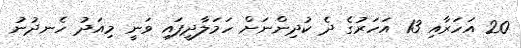
20 އަހަރާއި 13 އަހަރުގެ ދެ ކުދިންނަށް ހަމަލާދީފައި ވަނީ މިއަދު ހެނދުނު